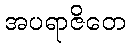
အပရာဇိတေ